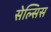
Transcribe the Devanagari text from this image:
सेल्सिस